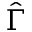
\hat { \Gamma }